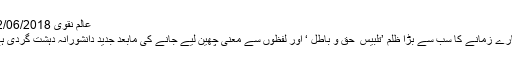
عالم نقوی 02/06/2018
ہمارے زمانے کا سب سے بڑا ظلم ’تلبیس ِ حق و باطل ‘ اور لفظوں سے معنی چھین لیے جانے کی مابعد جدید دانشورانہ دہشت گردی ہے۔